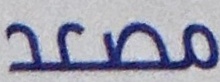
مصعد